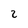
Character: 2